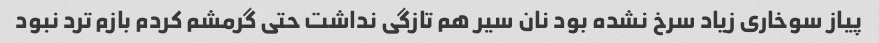
پیاز سوخاری زیاد سرخ نشده بود نان سیر هم تازگی نداشت حتی گرمشم کردم بازم ترد نبود